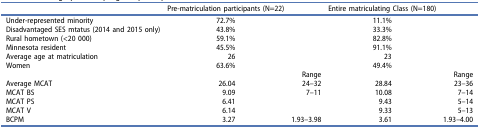
<table><thead><tr><td><b> </b></td><td><b>Pre-matriculation participants (N=22)</b></td><td><b> </b></td><td><b>Entire matriculating Class (N=180)</b></td><td><b> </b></td></tr></thead><tbody><tr><td>Under-represented minority</td><td>72.7%</td><td> </td><td>11.1%</td><td> </td></tr><tr><td>Disadvantaged SES mtatus (2014 and 2015 only)</td><td>43.8%</td><td> </td><td>33.3%</td><td> </td></tr><tr><td>Rural hometown (&lt;20 000)</td><td>59.1%</td><td> </td><td>82.8%</td><td> </td></tr><tr><td>Minnesota resident</td><td>45.5%</td><td> </td><td>91.1%</td><td> </td></tr><tr><td>Average age at matriculation</td><td>26</td><td> </td><td>23</td><td> </td></tr><tr><td>Women</td><td>63.6%</td><td> </td><td>49.4%</td><td> </td></tr><tr><td> </td><td> </td><td>Range</td><td> </td><td>Range</td></tr><tr><td>Average MCAT</td><td>26.04</td><td>24–32</td><td>28.84</td><td>23–36</td></tr><tr><td>MCAT BS</td><td>9.09</td><td>7–11</td><td>10.08</td><td>7–14</td></tr><tr><td>MCAT PS</td><td>6.41</td><td> </td><td>9.43</td><td>5–14</td></tr><tr><td>MCAT V</td><td>6.14</td><td> </td><td>9.33</td><td>5–13</td></tr><tr><td>BCPM</td><td>3.27</td><td>1.93–3.98</td><td>3.61</td><td>1.93–4.00</td></tr></tbody></table>